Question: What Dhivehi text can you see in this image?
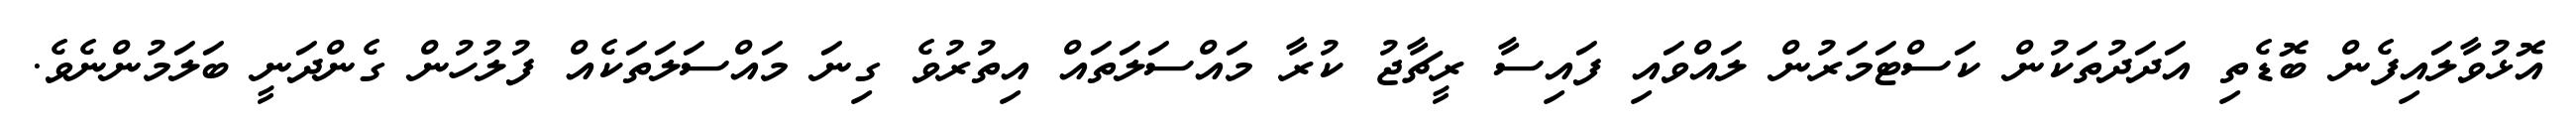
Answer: އޮޅުވާލައިފެން ބޮޑެތި އަދަދުތަކުން ކަސްޓަމަރުން ލައްވައި ފައިސާ ރީޗާޖު ކުރާ މައްސަލަތައް އިތުރުވެ ގިނަ މައްސަލަތަކެއް ފުލުހުން ގެންދަނީ ބަލަމުންނެވެ.